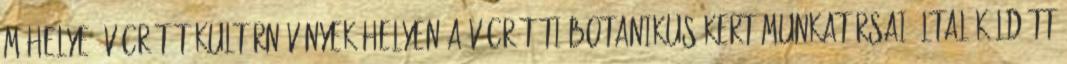
műhelye Vácrátót#Kultúrnövények helyen a vácrátóti botanikus kert munkatársai által küldött